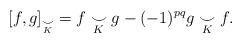
LaTeX: \begin{align*} [f, g]_{\underset{K}{\smile}} =f\underset{K}{\smile} g - (-1)^{pq} g\underset{K}{\smile} f.\end{align*}